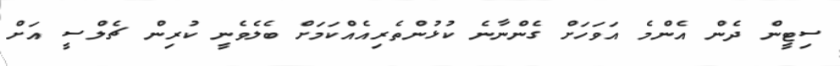
ސިޓީން ދެން އެންމެ އަވަހަށް ގެންނާނެ ކުޅުންތެރިއެއްކަމަށް ބެލެވެނީ ކުރިން ޗެލްސީ އަަށް